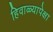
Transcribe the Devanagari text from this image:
हिवाळ्यापेक्षा